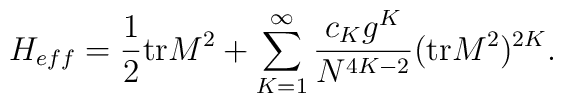
H_{eff} = \frac{1}{2}{\rm tr}M^2 +\sum_{K=1}^{\infty}\frac{c_K g^K}{N^{4K-2}}({\rm tr}M^2 )^{2K}.